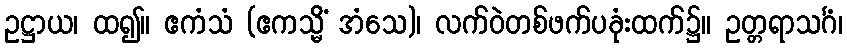
ဥဋ္ဌာယ၊ ထ၍။ ဧကံသံ (ဧကသ္မိံ အံသေ)၊ လက်ဝဲတစ်ဖက်ပခုံးထက်၌။ ဥတ္တရာသင်္ဂံ၊